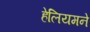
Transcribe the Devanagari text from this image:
हेलियमने